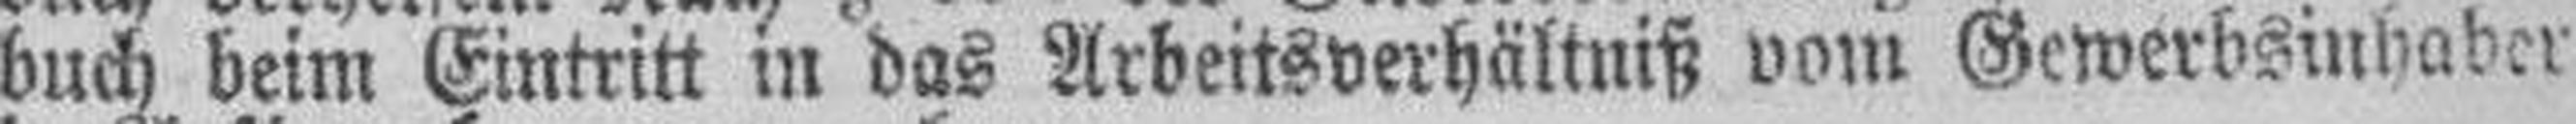
buch beim Eintritt in das Arbeitsverhältniß vom Gewerbsinbaber